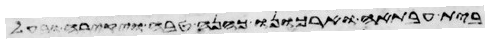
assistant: ביתה פרעה ולאברם הייטב בעבורה ויהי לו